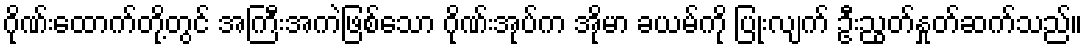
ဂိုဏ်းထောက်တို့တွင် အကြီးအကဲဖြစ်သော ဂိုဏ်းအုပ်က အိုမာ ခယမ်ကို ပြုံးလျက် ဦးညွတ်နှုတ်ဆက်သည်။